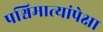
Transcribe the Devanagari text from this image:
पश्चिमात्यांपेक्षा